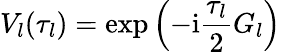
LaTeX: V_{l}(\tau_{l})=\exp\left(-\mathrm{i}\frac{\tau_{l}}{2}G_{l}\right)